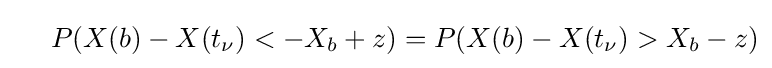
\ \ \ \ P(X(b)-X(t_{\nu })<-X_{b}+z)=P(X(b)-X(t_{\nu })>X_{b}-z)